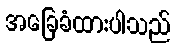
အခြေခံထားပါသည်